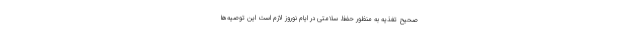
صحیح تغذیه به منظور حفظ سلامتی در ایام نوروز لازم است این توصیه‌ها